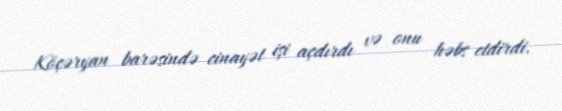
Köçəryan barəsində cinayət işi açdırdı və onu həbs etdirdi.